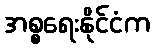
အစ္စရေးနိုင်ငံက